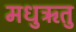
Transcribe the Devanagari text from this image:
मधुऋतु